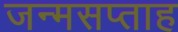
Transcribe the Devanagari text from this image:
जन्मसप्ताह